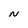
Character: N